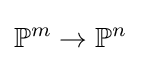
\mathbb {P} ^{m}\to \mathbb {P} ^{n}